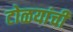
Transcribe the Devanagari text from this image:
टोळयांची